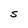
Character: S